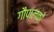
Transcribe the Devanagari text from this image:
गौपालकों